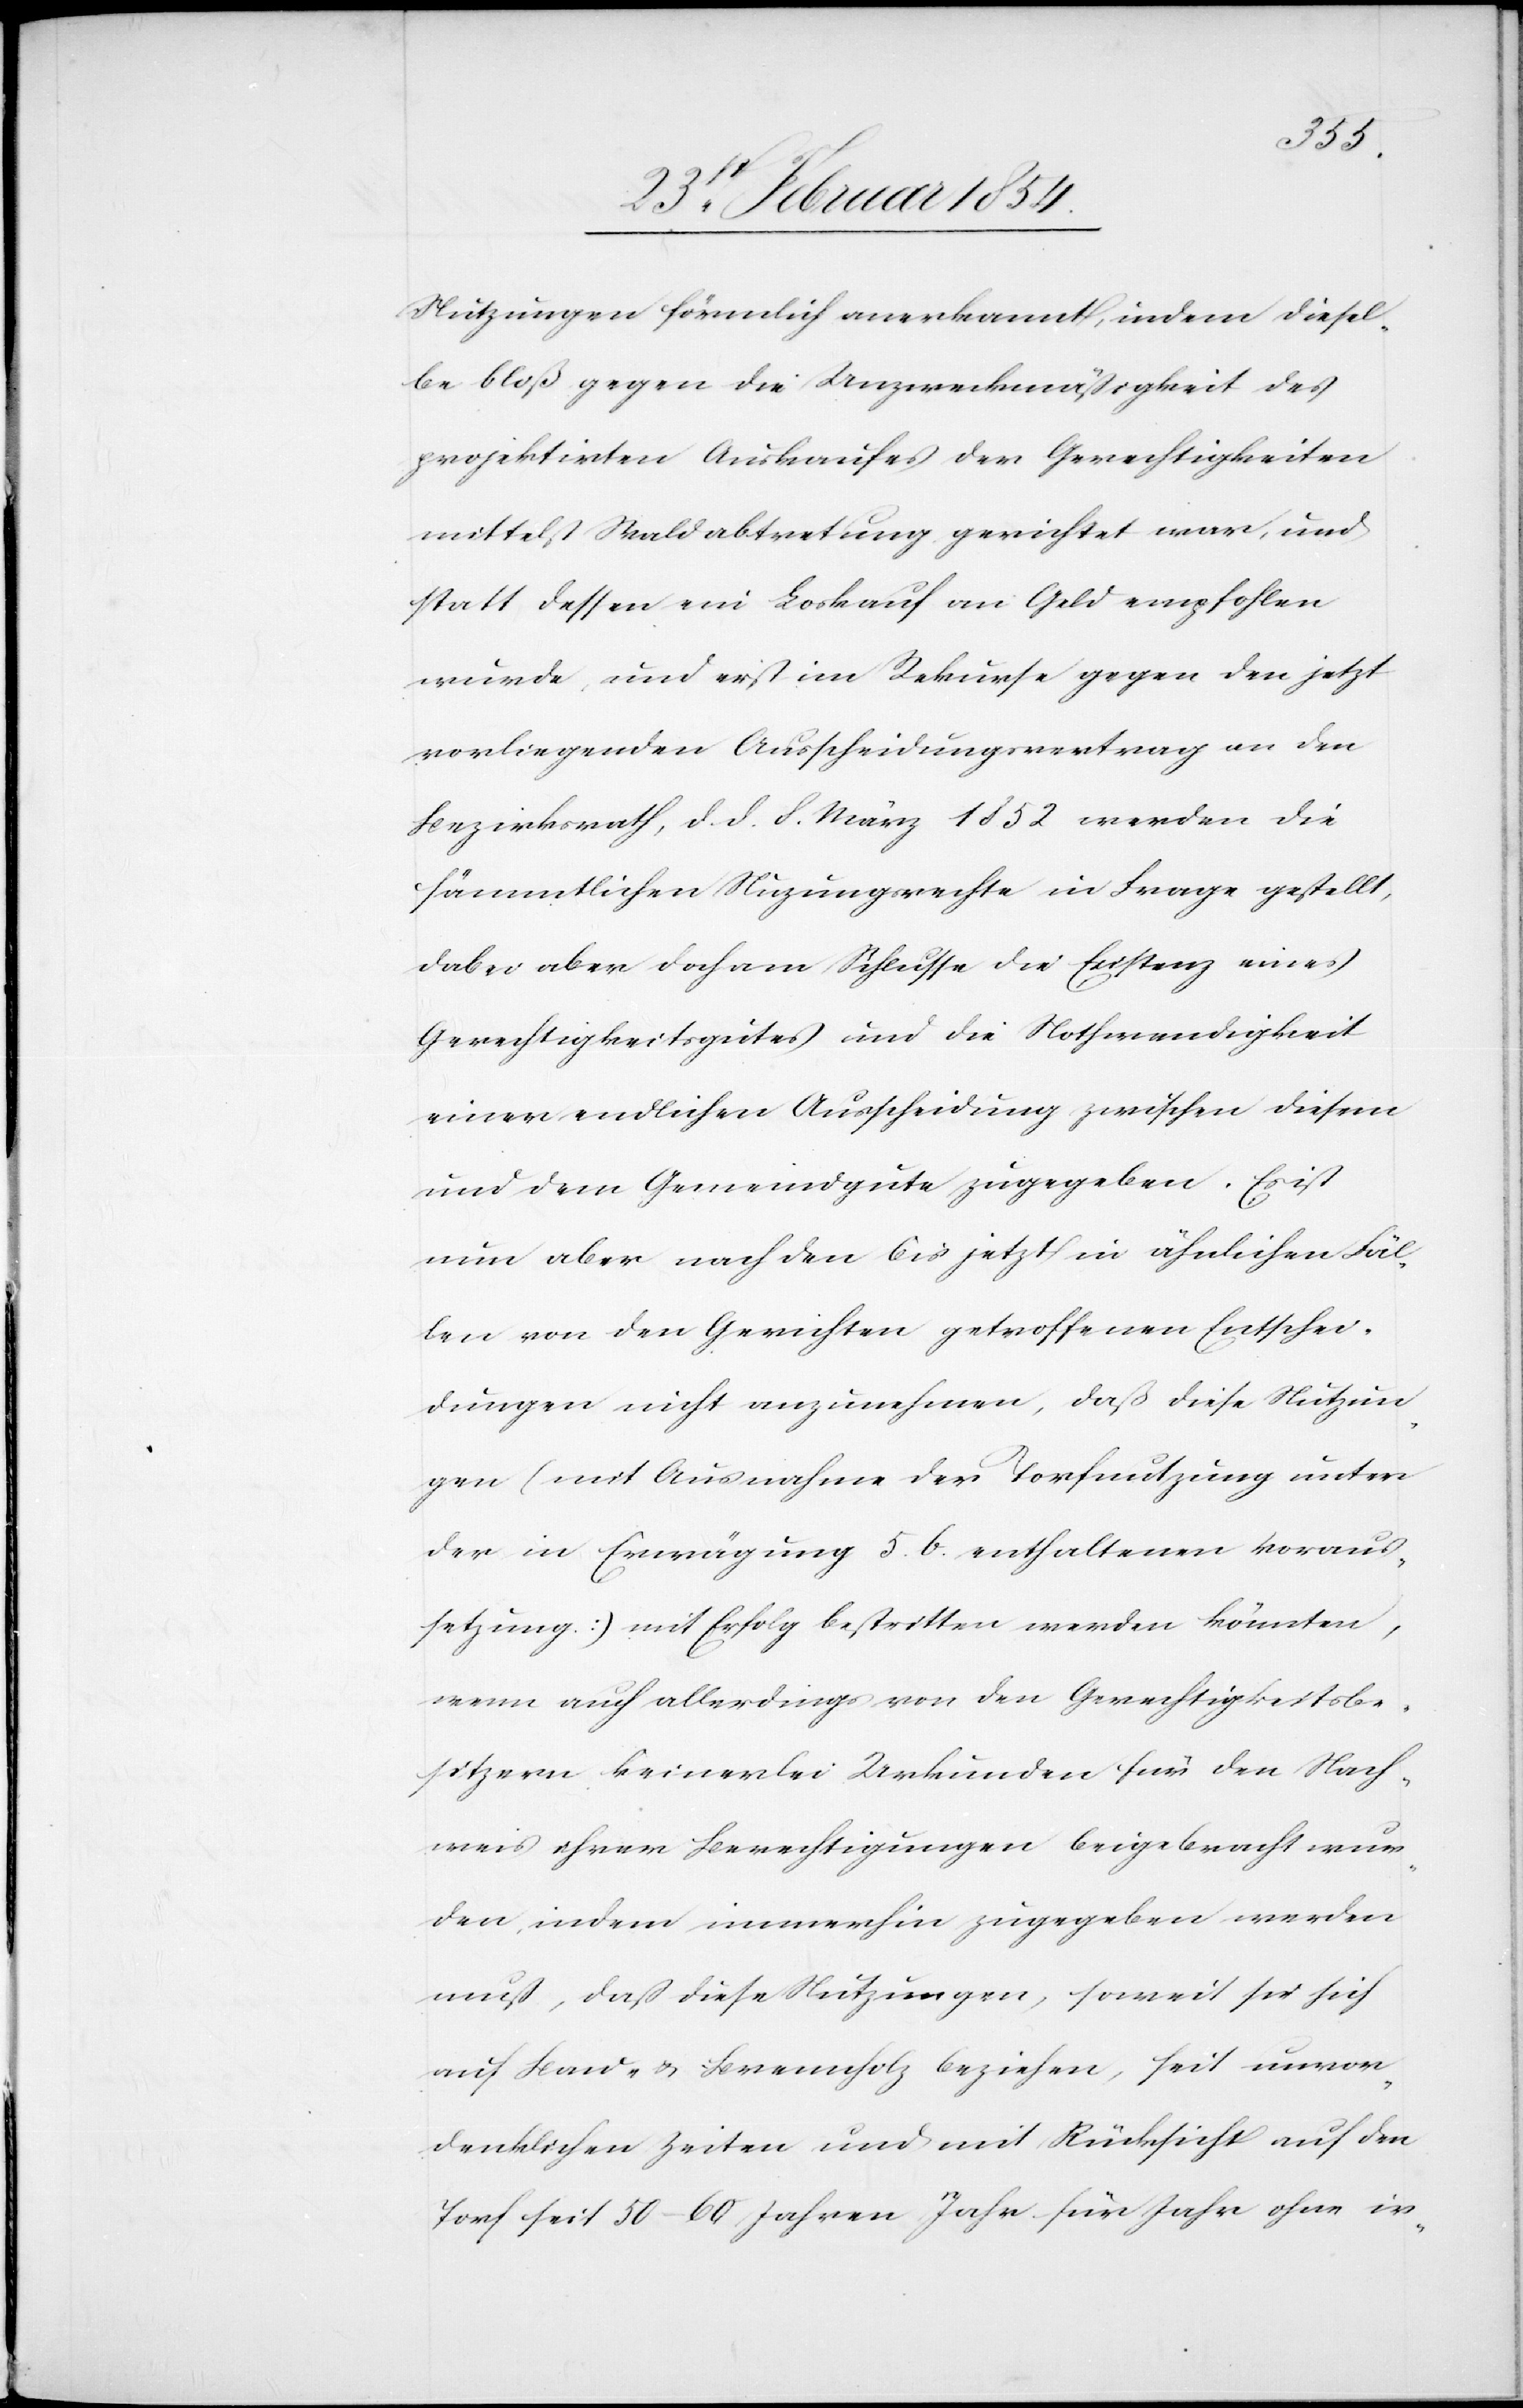
Nutzungen förmlich anerkannt, indem diesel¬
be bloß gegen die Unzweckmäßigkeit des
projektirten Auskaufes der Gerechtigkeiten
mittelst Waldabtretung gerichtet war, und
statt dessen ein Loskauf an Geld empfohlen
wurde, und erst im Rekurse gegen den jetzt
vorliegenden ausscheidungsvertrag an den
Bezirksrath, d. d. 8. März 1852 werden die
sämmtlichen Nuzungsrechte in Frage gestellt,
dabei aber doch am Schlusse die Existenz eines
Gerechtigkeitsgutes und die Nothwendigkeit
einer endlichen Ausscheidung zwischen diesem
und dem Gemeindgute zugegeben. Es ist
nun aber nach den bis jetzt in ähnlichen Fäl¬
len von den Gerichten getroffenen Entschei¬
dungen nicht anzunehmen, daß diese Nutzun¬
gen (mit Ausnahme der Torfnutzung unter
der in Erwägung 5. b. enthaltenen Voraus¬
setzung.) mit Erfolg bestritten werden könnten,
wenn auch allerdings von den Gerechtigkeitsbe¬
sitzern keinerlei Urkunden für den Nach¬
weis ihrer Berechtigungen beigebracht wur¬
den, indem immerhin zugegeben werden
muß, daß diese Nutzungen, soweit sie sich
auf Bau- u. Brennholz beziehen, seit unvor¬
denklichen Zeiten und mit Rücksicht auf den
Torf seit 50–60 Jahren Jahr für Jahr ohne ir-